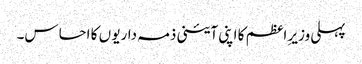
پہلی وزیرِ اعظم کا اپنی آئینی ذمہ داریو ں کا احساس۔